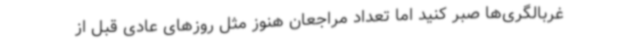
غربالگری‌ها صبر کنید اما تعداد مراجعان هنوز مثل روزهای عادی قبل از